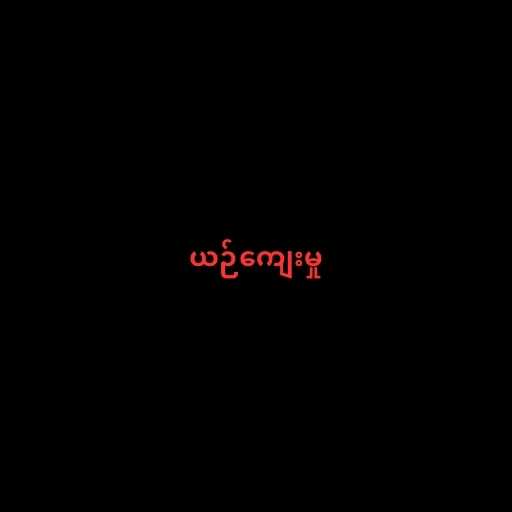
ယဉ်ကျေးမှု